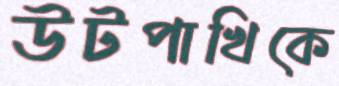
উটপাখিকে